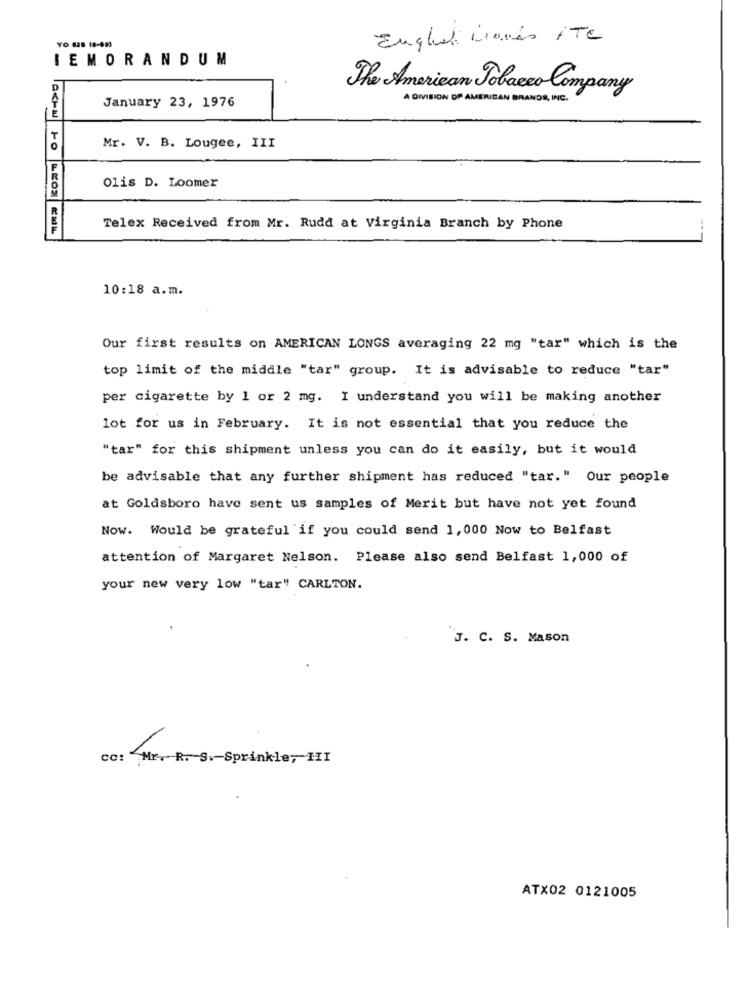
English Mamés HTC
YO 828 18-483
IEMORANDUM
The American Tobacco Company
January 23, 1976
A DIVISION OF AMERICAN BRANDS, INC.
Mr. V. B. Lougee, III
Olis D. Loomer
Telex Received from Mr. Rudd at Virginia Branch by Phone
10:18 a.m.
Our first results on AMERICAN LONGS averaging 22 mg "tar" which is the
top limit of the middle "tar" group. It is advisable to reduce "tar"
per cigarette by 1 or 2 mg. I understand you will be making another
lot for us in February. It is not essential that you reduce the
"tar" for this shipment unless you can do it easily, but it would
be advisable that any further shipment has reduced "tar." Our people
at Goldsboro have sent us samples of Merit but have not yet found
Now. Would be grateful if you could send 1,000 Now to Belfast
attention of Margaret Nelson. Please also send Belfast 1,000 of
your new very low "tar" CARLTON.
J. C. S. Mason
cc: Mr. R. S .- Sprinkle, HI
ATX02 0121005